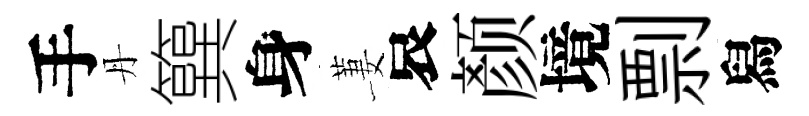
手丹簨身萋哀颜境剽舄